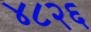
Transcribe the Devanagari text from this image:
४८२६